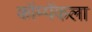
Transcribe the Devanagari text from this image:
कॉम्पॅकला